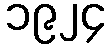
၁၉၂၄